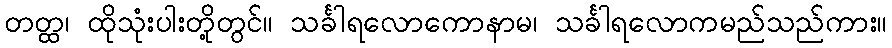
တတ္ထ၊ ထိုသုံးပါးတို့တွင်။ သင်္ခါရလောကောနာမ၊ သင်္ခါရလောကမည်သည်ကား။